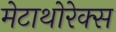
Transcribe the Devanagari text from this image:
मेटाथोरेक्स